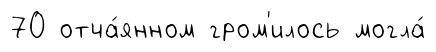
70 отча́янном гром'илось могла́